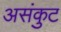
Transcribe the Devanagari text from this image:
असंकुट